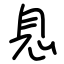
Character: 息